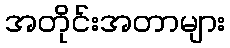
အတိုင်းအတာများ